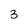
Character: 3